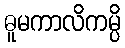
ဓူမကာလိကမ္ပိ